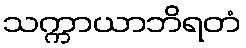
သက္ကာယာဘိရတံ